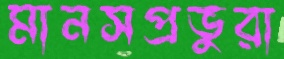
মানসপ্রভুরা